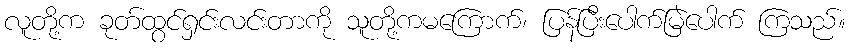
လူတို့က ခုတ်ထွင်ရှင်းလင်းတာကို သူတို့ကမကြောက်၊ ပြန်ပြီးပေါက်မြဲပေါက် ကြသည်။